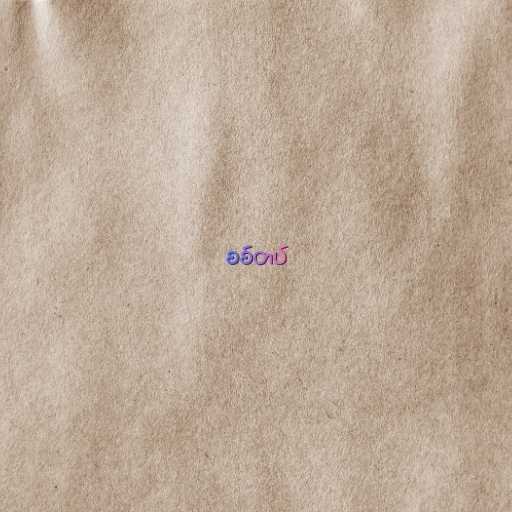
စစ်တပ်